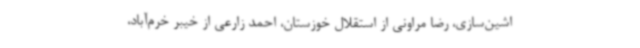
اشین‌سازی، رضا مراونی از استقلال خوزستان، احمد زارعی از خیبر خرم‌آباد،